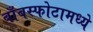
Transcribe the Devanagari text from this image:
बाँबस्फोटामध्ये